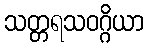
သတ္တရသဝဂ္ဂိယာ